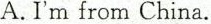
A.I'm from China.